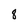
Character: 8